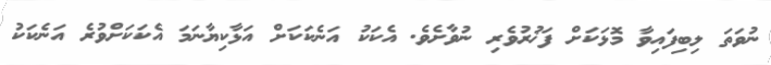
ނުވަތަ ލިބިފައިވާ މޮޅަކަށް ފަޚުރުވެރި ނުވާށެވެ. އެކަކު އަނެކަކަށް އަޅާކިޔާނަމަ އެކަކަށްވުރެ އަނެކަކު